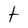
Character: t